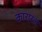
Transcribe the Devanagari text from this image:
कारारल